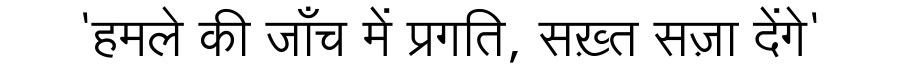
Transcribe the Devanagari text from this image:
'हमले की जाँच में प्रगति, सख़्त सज़ा देंगे'